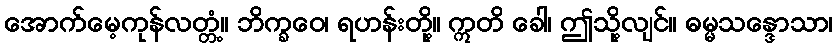
အောက်မေ့ကုန်လတ္တံ့။ ဘိက္ခဝေ၊ ရဟန်းတို့။ ဣတိ ခေါ၊ ဤသို့လျင်။ ဓမ္မသန္ဒောသာ၊